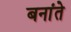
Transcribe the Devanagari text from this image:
बनांते